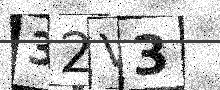
Text: 32V3